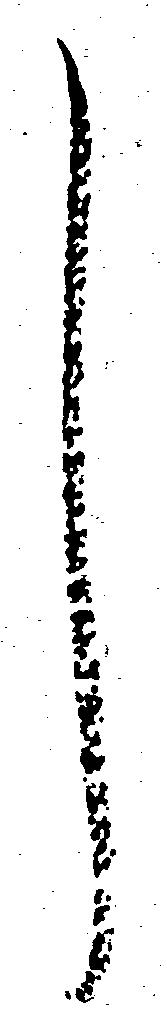
し